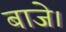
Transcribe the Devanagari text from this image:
बाजे।